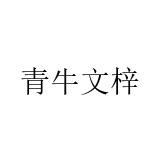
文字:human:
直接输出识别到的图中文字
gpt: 青牛文梓